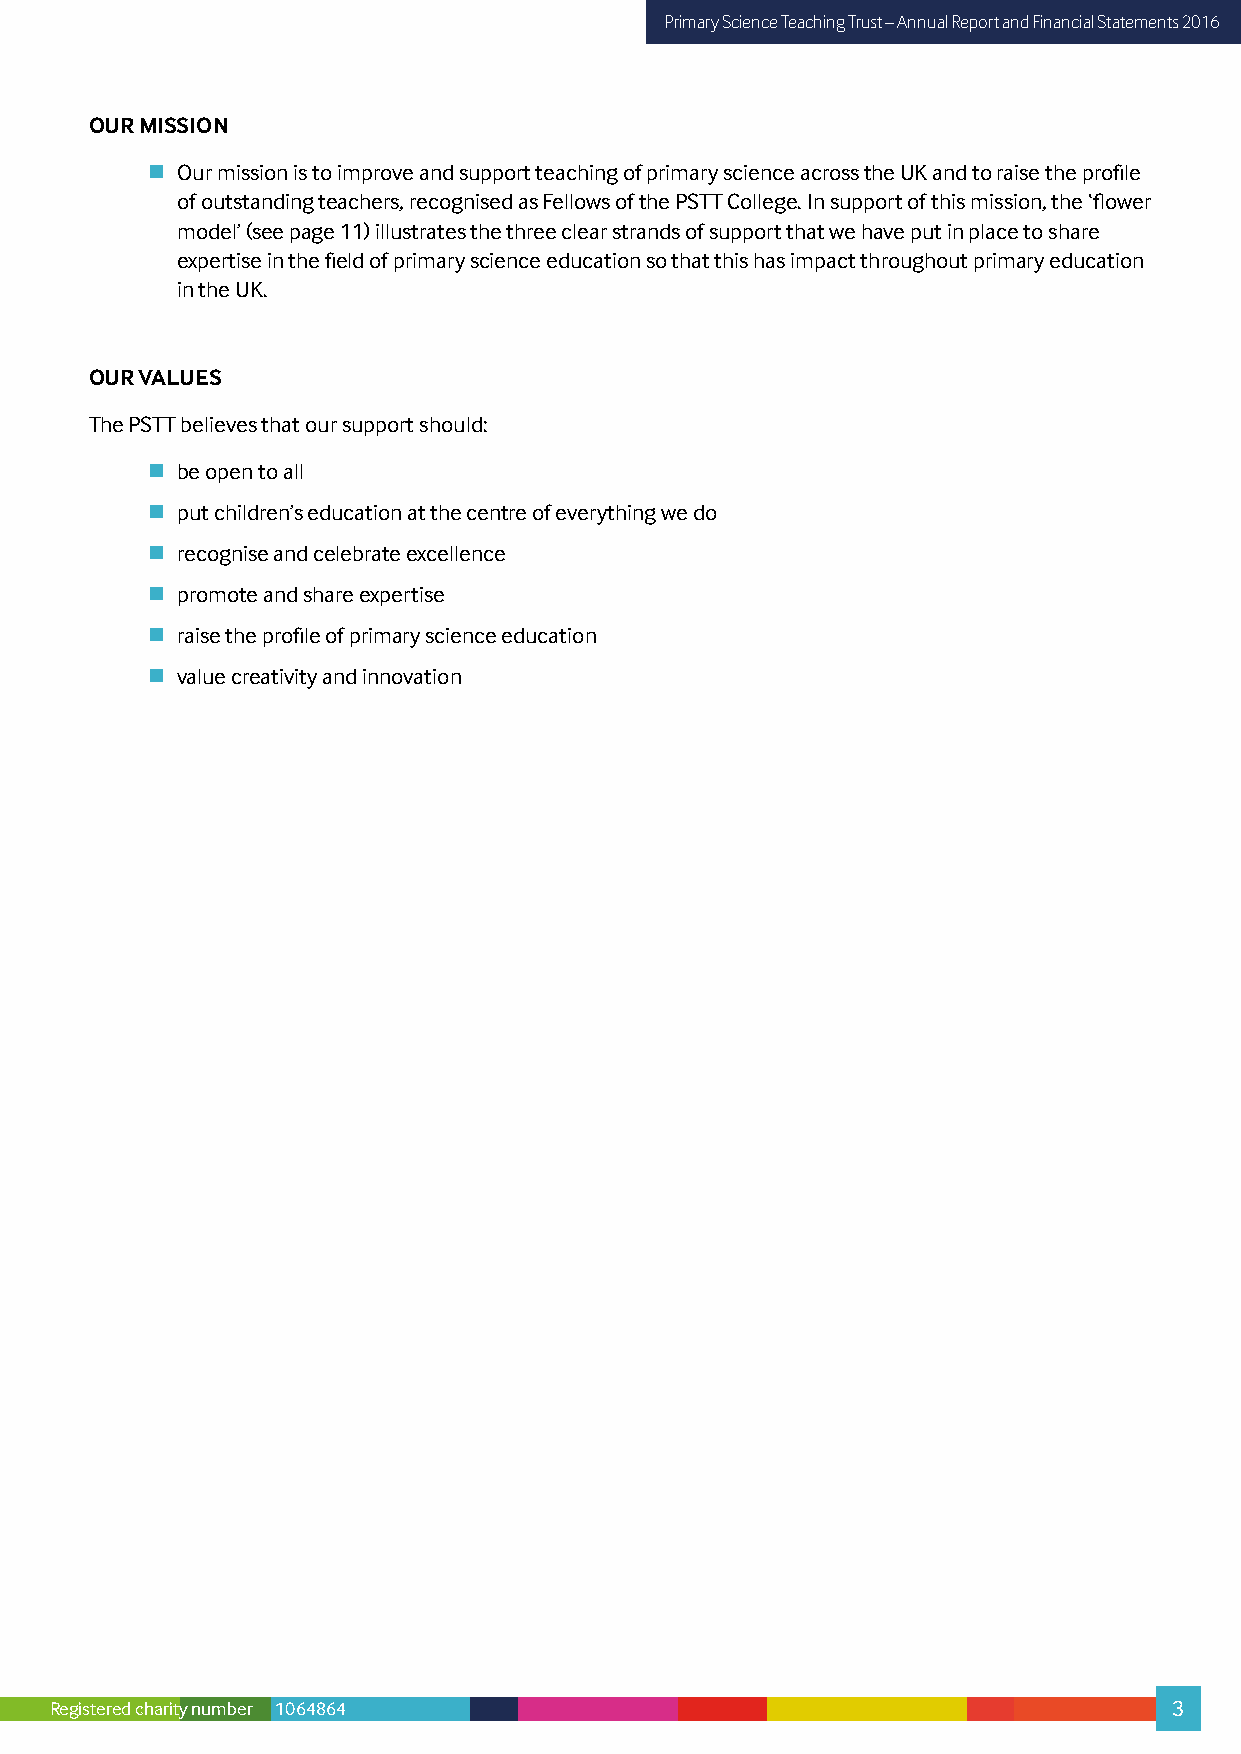
Primary Science Teaching Trust – Annual Report and Financial Statements 2016
 OUR MISSION
  Our mission is to improve and support teaching of primary science across the UK and to raise the profile
 of outstanding teachers, recognised as Fellows of the PSTT College. In support of this mission, the ‘flower
 model’ (see page 11) illustrates the three clear strands of support that we have put in place to share
 expertise in the field of primary science education so that this has impact throughout primary education
 in the UK.
 OUR VALUES
 The PSTT believes that our support should:
  be open to all
  put children’s education at the centre of everything we do
  recognise and celebrate excellence
  promote and share expertise
  raise the profile of primary science education
  value creativity and innovation
 Registered charity number 1064864                                          3